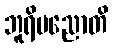
ဘူရိပညောတိ